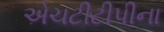
એચટીટીપીના